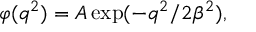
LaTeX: \varphi ( q ^ { 2 } ) = A \exp ( - q ^ { 2 } / 2 { \beta } ^ { 2 } ) ,